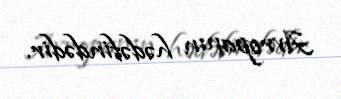
Avropanın hədəfindədir.